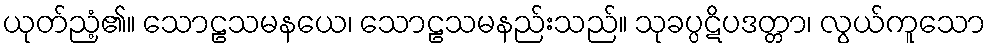
ယုတ်ညံ့၏။ သောဠသမနယေ၊ သောဠသမနည်းသည်။ သုခပ္ပဋိပဒတ္တာ၊ လွယ်ကူသော